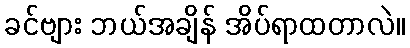
ခင်ဗျား ဘယ်အချိန် အိပ်ရာထတာလဲ။